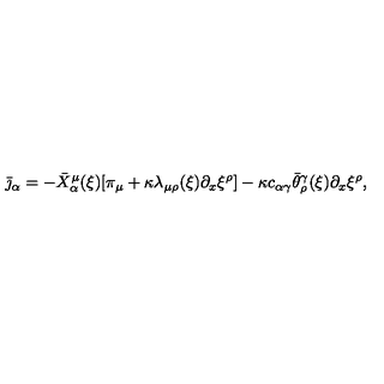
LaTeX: \bar { \jmath } _ { \alpha } = - \bar { X } _ { \alpha } ^ { \mu } ( \xi ) [ \pi _ { \mu } + \kappa \lambda _ { \mu \rho } ( \xi ) \partial _ { x } \xi ^ { \rho } ] - \kappa c _ { \alpha \gamma } \bar { \theta } _ { \rho } ^ { \gamma } ( \xi ) \partial _ { x } \xi ^ { \rho } ,